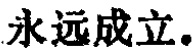
永远成立。